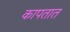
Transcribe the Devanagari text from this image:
कापतात